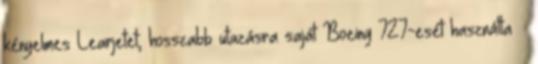
kényelmes Learjetet, hosszabb utazásra saját Boeing 727-esét használta –